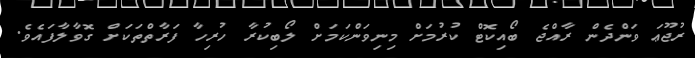
ރުޖޫޢަ ވަންދެން ރާއްޖެ ބޯއިކޮޓް ކުރުމަށް މިނިވަންކަމަށް ލޯބިކުރާ ހުރިހާ ފަރާތްތަކަށް ގޮވާލާފައެވެ.